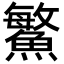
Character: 鰵